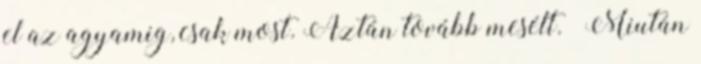
el az agyamig, csak most. Aztán tovább mesélt. –Miután